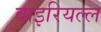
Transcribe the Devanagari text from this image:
वाइरियल्ल